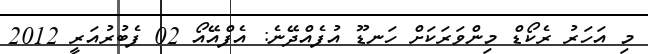
މި އަހަރު ރެކޯޑް މިންވަރަކަށް ހަނޑޫ އުފެއްދޭނެ: އެފްއޭއޯ 02 ފެބުރުއަރީ 2012